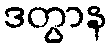
ဒတွာန